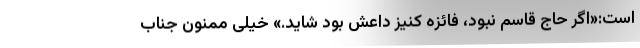
است:«اگر حاج قاسم نبود، فائزه کنیز داعش بود شاید.» خیلی ممنون جناب